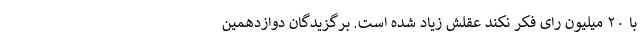
با ۲۰ میلیون رای فکر نکند عقلش زیاد شده است. برگزیدگان دوازدهمین